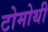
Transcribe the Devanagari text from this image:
टोमोथी